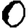
Digit: 0